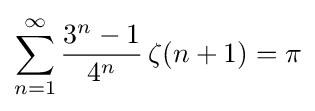
\sum _{n=1}^{\infty }{\frac {3^{n}-1}{4^{n}}}\,\zeta (n+1)=\pi